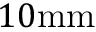
1 0 \mathrm { m m }